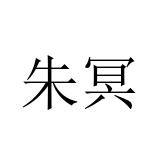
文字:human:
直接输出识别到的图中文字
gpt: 朱冥